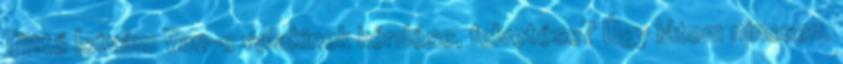
Tüttő István: Van-e valakinek kérdése, felvetése? Úgy látom nincsen.